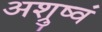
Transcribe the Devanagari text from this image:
अश्रुष्वं